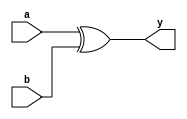
module xor_gate(input a, input b, output y);
  assign y = a ^ b;    // The output y is the result of bitwise exclusive OR (XOR) operation between inputs a and b.
endmodule